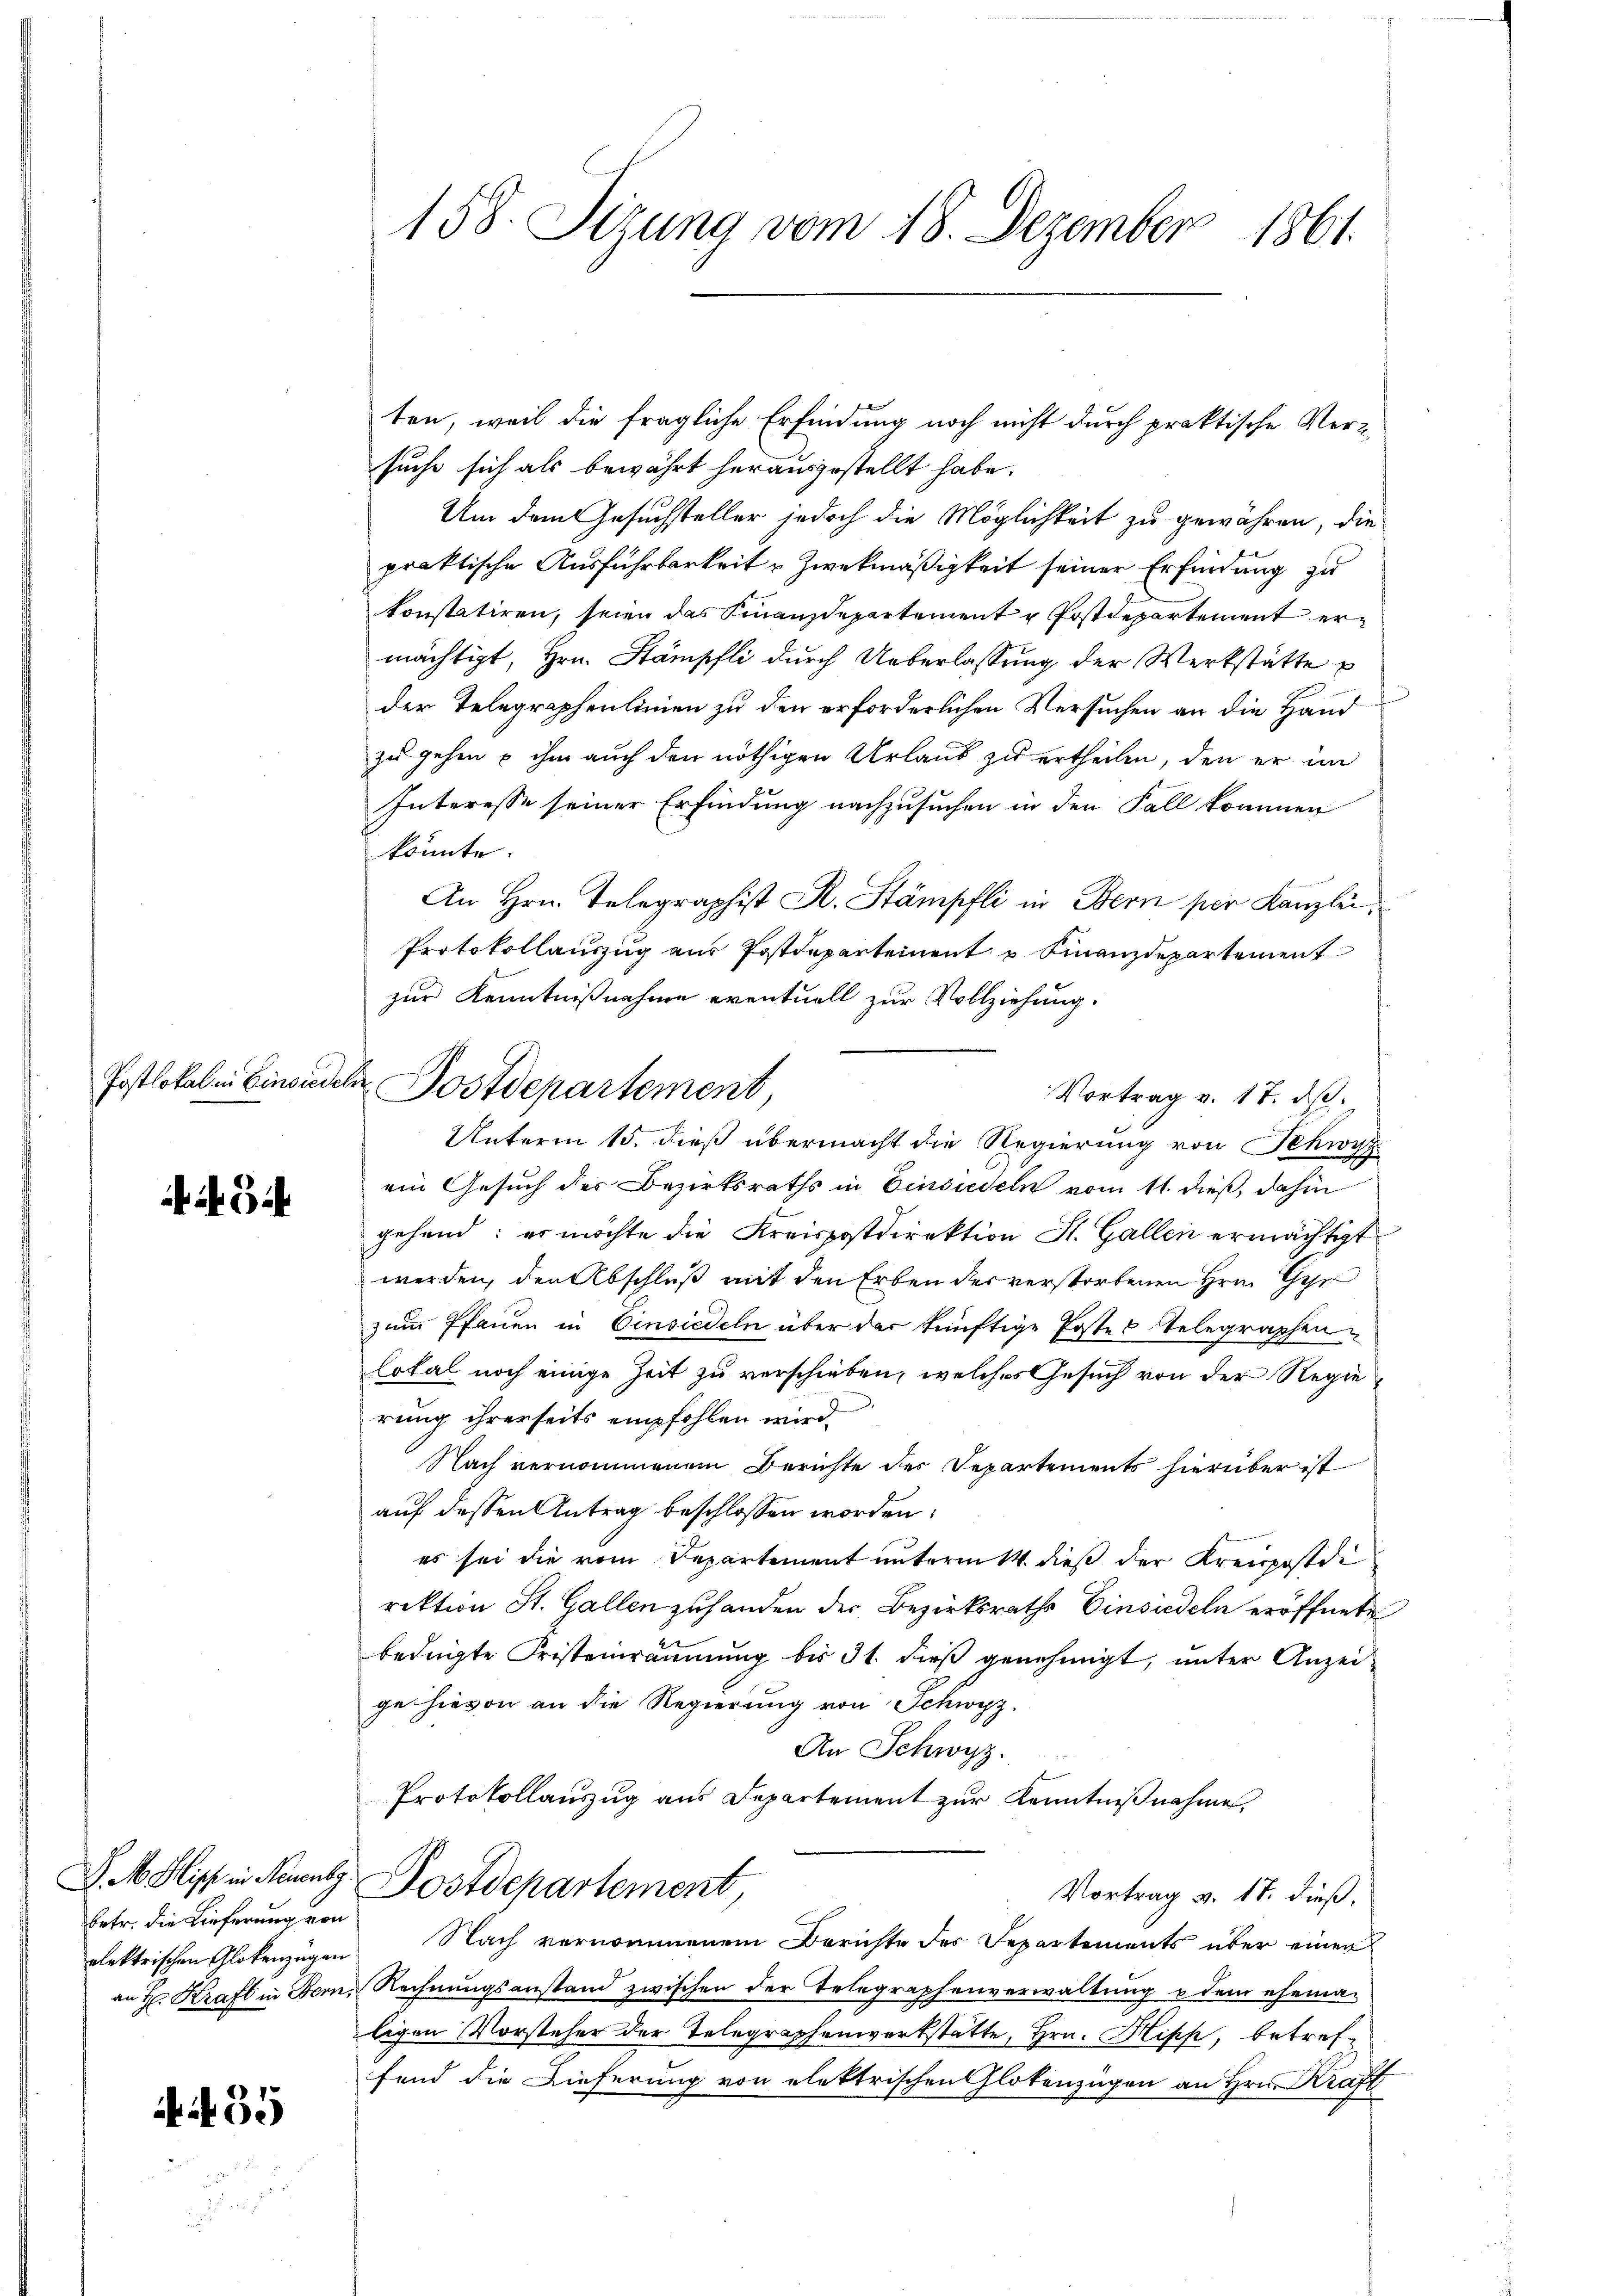
Postlokalen Gericht

3

D. M. Misch in Neuenbg.
betr. die Lieferung von
alektrischen Glokenzügen
an H: Kraft in Bern,

55

158. Sizung vom 18. Dezember 1861.

Dostdepartement

ten, weil die fragliche Erfindung noch nicht durch praktische Versuche sich als bewährt herausgestellt habe.
Um dem Gesuchsteller jedoch die Möglichkeit zu gewähren, die
praktische Ausführbarkeit u Zweckmäßigkeit seiner Erfindung zu
konstatiren, seien das Finanzdepartement u Postdepartement ermächtigt, Hrn. Stämpfli durch Ueberlassung der Werkstätte
der Telegraphenlinien zu den erforderlichen Versuchen an die Hand
zu gehen u ihm auch den nöthigen Urlaub zu ertheilen, den er im
Interesse seiner Erfindung nachzusuchen in den Fall kommen
könnte.
An Hrn. Telegraphist R. Stämpfli in Bern per Kanzlei¬
Protokollauszug aus Postdepartement u Finanzdepartement
zur Kenntnißnahme eventuell zur Vollziehung.
Unterm 15. dieß übermacht die Regierung von Schwyz
ein Gesuch der Bezirksraths in Einsiedeln vom 11. dieß, dahin
gehend; es möchte die Kreispostdirektion St. Gallen ermächtigt
werden, den Abschluß mit den Erben der verstorbenen Hrn. Ger
zum Pfauen in Einsiedeln über der künftige Postes Telegraphen¬
Cotal noch einige Zeit zu verschieben, welches Gesuch von der Regierung ihrerseits empfohlen wird.
Nach vernommenem Berichte des Departements hierüber ist
auf dessen Antrag beschlossen worden:
es sei die vom Departement unterm 14. dieß der Kreispostdi
rektion St. Gallen zuhanden der Bezirksraths Einsiedeln eröffnete
bedigte Fristenräumung bis 31. dieß genehmigt, unter Anzeige hievon an die Regierung von Schwyz.
An Schwyz.
Protokollauszug aus Departement zur Kenntnißnahme,
Postdepartement,
Vortrag v. 18. dieß,
Nach vernommenem Berichte des Departements über einer
Rechnungsanstand zwischen der Telegraphenverwaltung u dem ehema-
ligen Vorsteher der Telegraphenwerkstätte, Hrn. Hipp, betreffend die Dieferung von elektrischen Glotenzügen an Hrn. Kraft

Vortrag v. 17. ds.